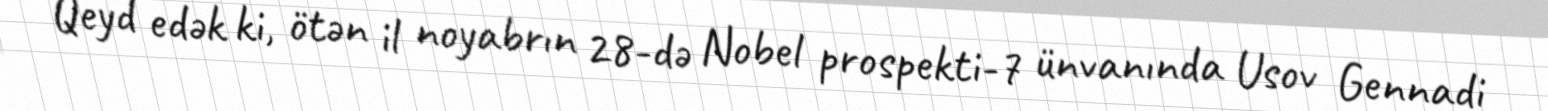
Qeyd edək ki, ötən il noyabrın 28-də Nobel prospekti-7 ünvanında Usov Gennadi